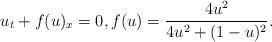
LaTeX: \begin{align*}u_t+f(u)_x=0, f(u)=\frac{4u^2}{4u^2+(1-u)^2}.\end{align*}